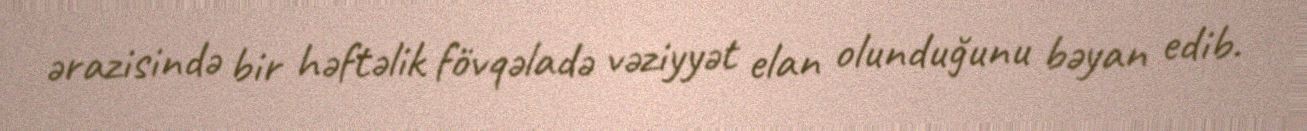
ərazisində bir həftəlik fövqəladə vəziyyət elan olunduğunu bəyan edib.